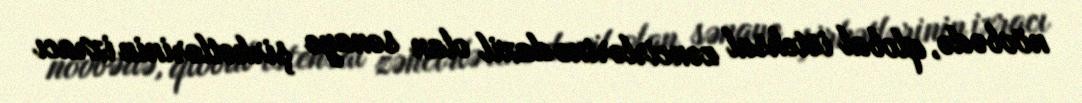
növbədə, qlobal istehsal zəncirlərinə daxil olan sənaye şirkətlərinin ixracı